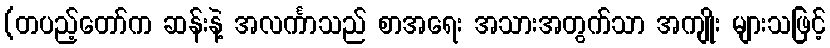
(တပည့်တော်က ဆန်းနဲ့ အလင်္ကာသည် စာအရေး အသားအတွက်သာ အကျိုး များသဖြင့်